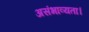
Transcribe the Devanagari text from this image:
असंभाव्यता।